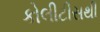
કોલીટીસથી